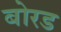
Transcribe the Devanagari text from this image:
बोरड